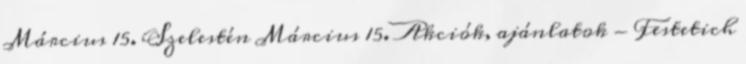
Március 15. Szelestén Március 15. Akciók, ajánlatok - Festetich